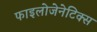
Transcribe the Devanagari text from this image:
फाइलोजेनेटिक्स